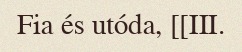
Fia és utóda, [[III.